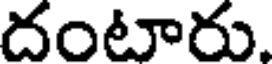
దంటారు.